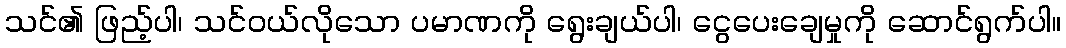
သင်၏ ဖြည့်ပါ၊ သင်ဝယ်လိုသော ပမာဏကို ရွေးချယ်ပါ၊ ငွေပေးချေမှုကို ဆောင်ရွက်ပါ။